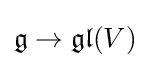
{\mathfrak {g}}\to {\mathfrak {gl}}(V)